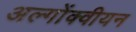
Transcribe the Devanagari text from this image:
अल्गोंक्वीयन